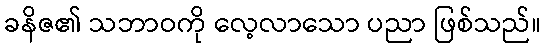
ခနိဇ၏ သဘာဝကို လေ့လာသော ပညာ ဖြစ်သည်။